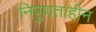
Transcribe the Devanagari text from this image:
निपुणताहीन